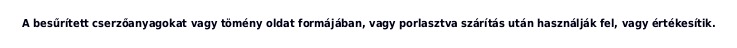
A besűrített cserzőanyagokat vagy tömény oldat formájában, vagy porlasztva szárítás után használják fel, vagy értékesítik.